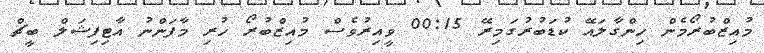
މުއިޒްބުރޯމެން ހިންގާލައޭ ކުޑަބުރުގަމިރޭ 00:15 ވީއިރުވެސް މުއިޒްބުރޯ ހުރި މާފަންނު އާޓިފިޝަލް ބީޗް